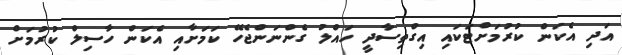
އަދި އެކަން ކުރުމަށްޓަކައި އިގްތިސާދީ ހައްލު ގެންނަންޖެހޭ ކަމަށާއި އެކަން ހާސިލް ކުރުމަށް